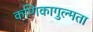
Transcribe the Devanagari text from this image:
कणिकागुल्मता